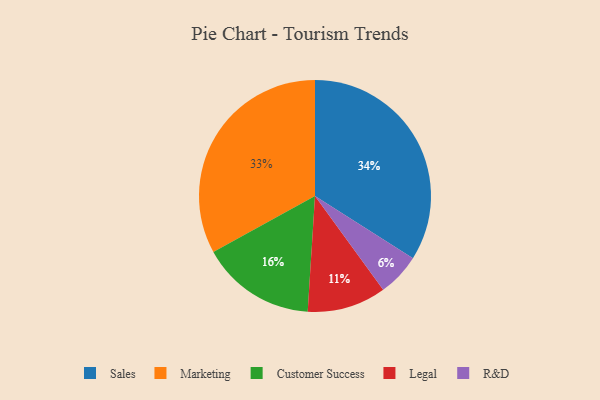
{"axis": {"x": "Category", "y": "Percentage"}, "legend": ["Customer Success", "Legal", "Marketing", "R&D", "Sales"], "data": [{"x": "Legal", "y": 11, "type": "Legal"}, {"x": "Marketing", "y": 33, "type": "Marketing"}, {"x": "Sales", "y": 34, "type": "Sales"}, {"x": "R&D", "y": 6, "type": "R&D"}, {"x": "Customer Success", "y": 16, "type": "Customer Success"}]}